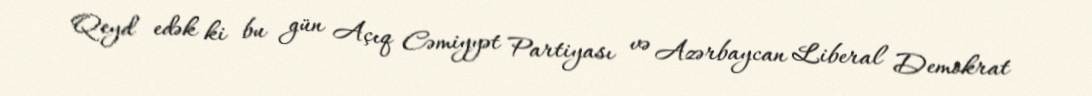
Qeyd edək ki bu gün Açıq Cəmiyyət Partiyası və Azərbaycan Liberal Demokrat